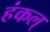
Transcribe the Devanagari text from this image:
हंकल्